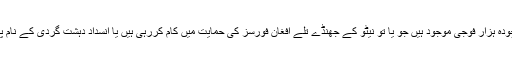
امریکا کے افغانستان میں چودہ ہزار فوجی موجود ہیں جو یا تو نیٹو کے جھنڈے تلے افغان فورسز کی حمایت میں کام کررہی ہیں یا انسداد دہشت گردی کے نام پر الگ سے کام کررہی ہیں۔